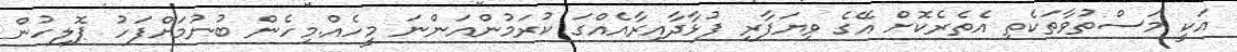
އަކީ މަސްތުވާތަކެތި އެތެރެކޮށް އޭގެ ވިޔަފާރި ފުޅާދާއިރާއެއްގަ ކުރަމުންއަންނަ މީހެއް.މިހެން ބުނުމަށްފަހު ޕޮލިހުން